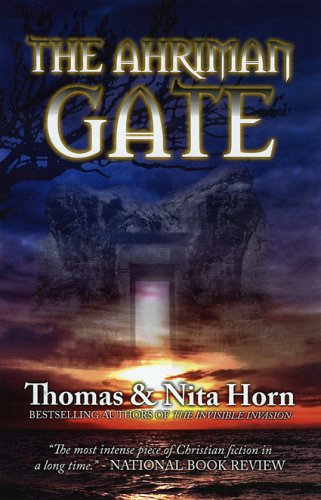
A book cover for The Ahriman Gate: Some Gates Should Not Be Opened; Thomas Horn; Religion & Spirituality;